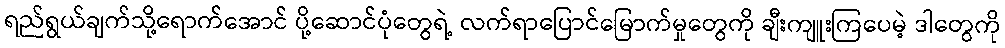
ရည်ရွယ်ချက်သို့ရောက်အောင် ပို့ဆောင်ပုံတွေရဲ့ လက်ရာပြောင်မြောက်မှုတွေကို ချီးကျူးကြပေမဲ့ ဒါတွေကို